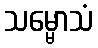
သမ္မောသံ